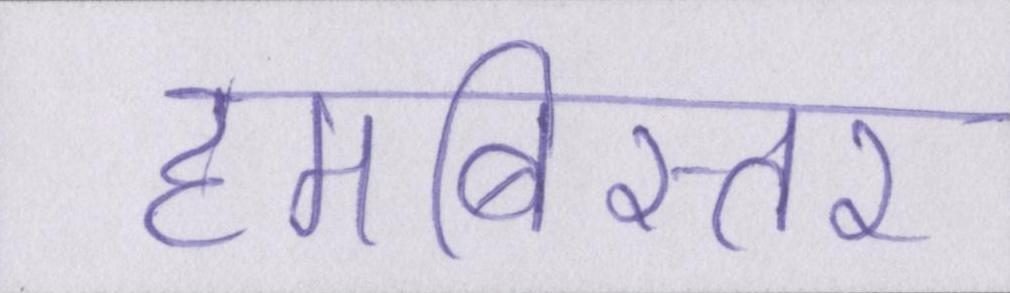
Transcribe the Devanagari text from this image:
हमबिस्तर